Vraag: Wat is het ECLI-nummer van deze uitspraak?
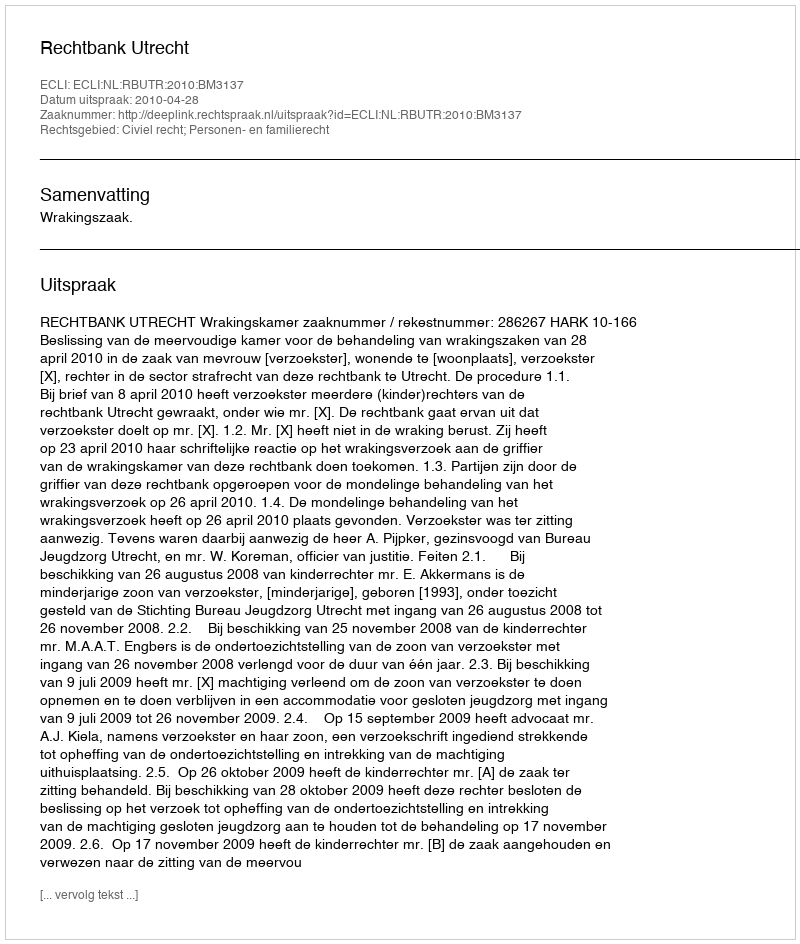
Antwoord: ECLI:NL:RBUTR:2010:BM3137